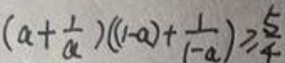
$(a+\frac{1}{a})((1 - a)+\frac{1}{(1 - a)})\geqslant\frac{5}{4}$